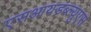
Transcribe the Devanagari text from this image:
एसआयडब्ल्युएस